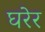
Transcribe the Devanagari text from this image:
घरेर